Indian journal of veterinary science and animal husbandry - Volumes 18-21, 1948-1951
Year: 1948
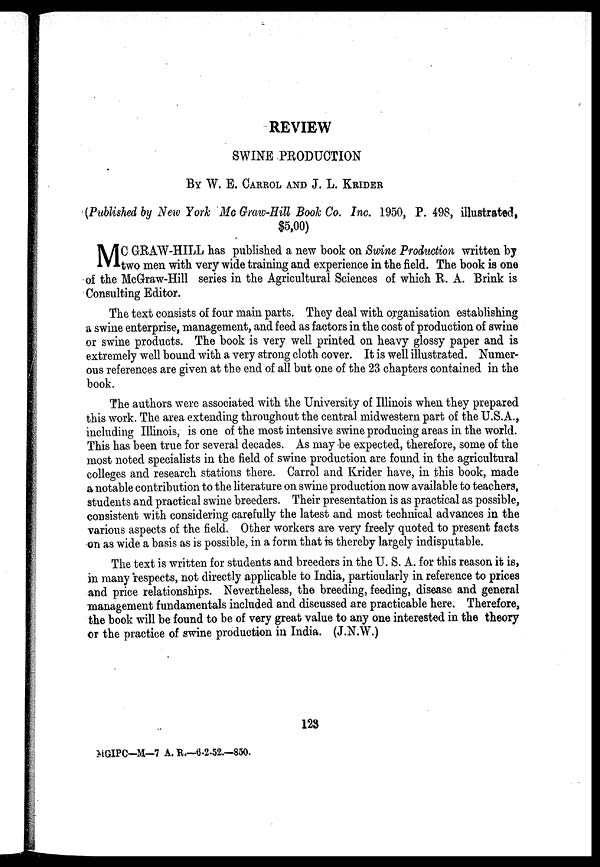
REVIEW
SWINE PRODUCTION
BY W. E. CARROL AND J. L. KRIDER
(Published by New York Mc Graw-Hill Book Co. Inc. 1950, P. 498, illustrated,
$5,00)
M C GRAW-HILL has published a new book on Swine Production written by
two men with very wide training and experience in the field. The book is one
of the McGraw-Hill series in the Agricultural Sciences of which R. A. Brink is
Consulting Editor.
The text consists of four main parts. They deal with organisation establishing
a swine enterprise, management, and feed as factors in the cost of production of swine
or swine products. The book is very well printed on heavy glossy paper and is
extremely well bound with a very strong cloth cover. It is well illustrated. Numer-
ous references are given at the end of all but one of the 23 chapters contained in the
book.
The authors were associated with the University of Illinois when they prepared
this work. The area extending throughout the central midwestern part of the U.S.A.,
including Illinois, is one of the most intensive swine producing areas in the world.
This has been true for several decades. As may be expected, therefore, some of the
most noted specialists in the field of swine production are found in the agricultural
colleges and research stations there. Carrol and Krider have, in this book, made
a notable contribution to the literature on swine production now available to teachers,
students and practical swine breeders. Their presentation is as practical as possible,
consistent with considering carefully the latest and most technical advances in the
various aspects of the field. Other workers are very freely quoted to present facts
on as wide a basis as is possible, in a form that is thereby largely indisputable.
The text is written for students and breeders in the U. S. A. for this reason it is,
in many respects, not directly applicable to India, particularly in reference to prices
and price relationships. Nevertheless, the breeding, feeding, disease and general
management fundamentals included and discussed are practicable here. Therefore,
the book will be found to be of very great value to any one interested in the theory
or the practice of swine production in India. (J.N.W.)
123
MGIPC—M—7 A. R.—6-2-52.—850.